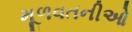
મૂળવતનીઓ